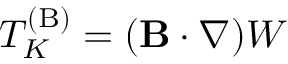
T _ { K } ^ { ( \mathrm { { B } } ) } = ( { \bf { B } } \cdot \nabla ) W